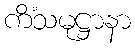
ကိံသမုဋ္ဌာနာ